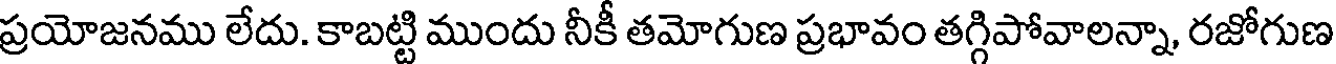
ప్రయోజనము లేదు. కాబట్టి ముందు నీకీ తమోగుణ ప్రభావం తగ్గిపోవాలన్నా, రజోగుణ